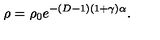
\rho = \rho _ { 0 } e ^ { - ( D - 1 ) ( 1 + \gamma ) \alpha } .